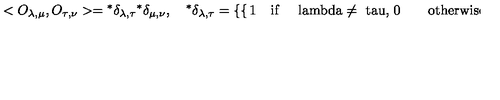
< O _ { \lambda , \mu } , O _ { \tau , \nu } > = { } ^ { * } \delta _ { \lambda , \tau } { } ^ { * } \delta _ { \mu , \nu } , \quad { } ^ { * } \delta _ { \lambda , \tau } = \left\{ \begin{cases} { 1 \quad \mathrm { i f \quad { \ l a m b d a \neq \ t a u } , } } \\ { 0 \qquad \mathrm { o t h e r w i s e , } } \\ \end{cases} \right.